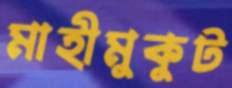
মাহীমুকুট